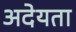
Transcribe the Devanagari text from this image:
अदेयता